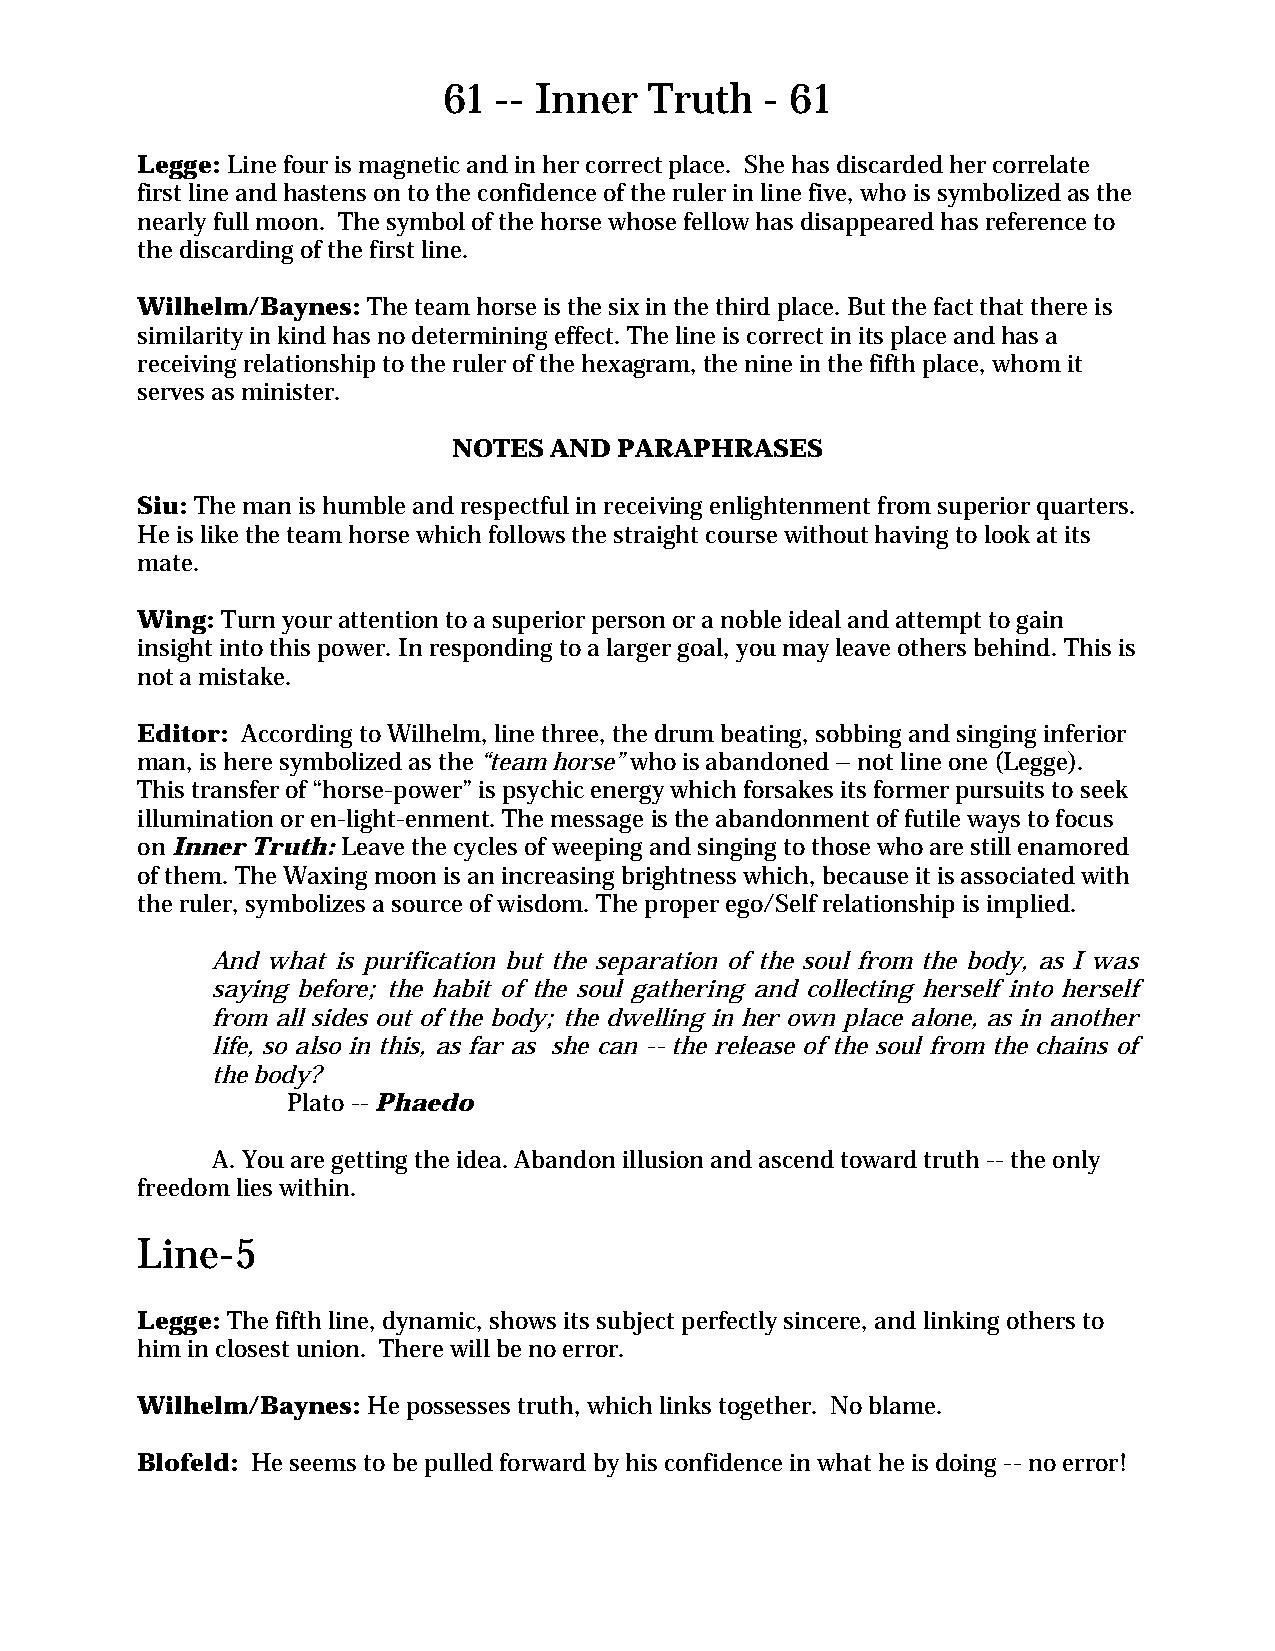
61  -- Inner  Truth   - 61
 Legge: Line four is magnetic and in her correct place. She has discarded her correlate
 first line and hastens on to the confidence of the ruler in line five, who is symbolized as the
 nearly full moon. The symbol of the horse whose fellow has disappeared has reference to
 the discarding of the first line.
 Wilhelm/Baynes: The team horse is the six in the third place. But the fact that there is
 similarity in kind has no determining effect. The line is correct in its place and has a
 receiving relationship to the ruler of the hexagram, the nine in the fifth place, whom it
 serves as minister.
 NOTES AND  PARAPHRASES
 Siu: The man is humble and respectful in receiving enlightenment from superior quarters.
 He is like the team horse which follows the straight course without having to look at its
 mate.
 Wing: Turn your attention to a superior person or a noble ideal and attempt to gain
 insight into this power. In responding to a larger goal, you may leave others behind. This is
 not a mistake.
 Editor: According to Wilhelm, line three, the drum beating, sobbing and singing inferior
 man, is here symbolized as the “team horse” who is abandoned – not line one (Legge).
 This transfer of “horse-power” is psychic energy which forsakes its former pursuits to seek
 illumination or en-light-enment. The message is the abandonment of futile ways to focus
 on Inner Truth: Leave the cycles of weeping and singing to those who are still enamored
 of them. The Waxing moon is an increasing brightness which, because it is associated with
 the ruler, symbolizes a source of wisdom. The proper ego/Self relationship is implied.
 And what is purification but the separation of the soul from the body, as I was
 saying before; the habit of the soul gathering and collecting herself into herself
 from all sides out of the body; the dwelling in her own place alone, as in another
 life, so also in this, as far as she can -- the release of the soul from the chains of
 the body?
 Plato -- Phaedo
 A. You are getting the idea. Abandon illusion and ascend toward truth -- the only
 freedom lies within.
 Line-5
 Legge: The fifth line, dynamic, shows its subject perfectly sincere, and linking others to
 him in closest union. There will be no error.
 Wilhelm/Baynes: He possesses truth, which links together. No blame.
 Blofeld: He seems to be pulled forward by his confidence in what he is doing -- no error!